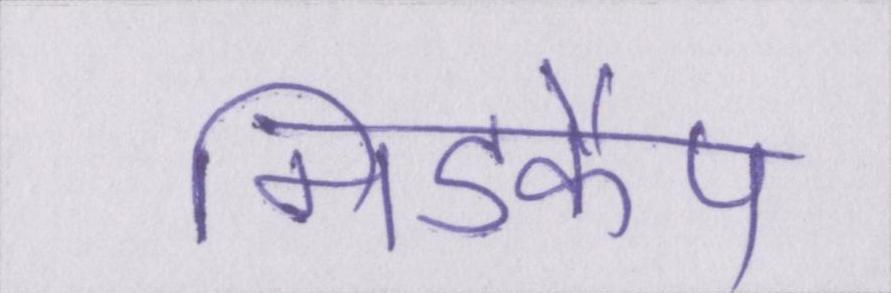
मिडकैप